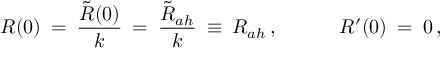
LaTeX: R ( 0 ) \: = \: \frac { \tilde { R } ( 0 ) } { k } \: = \: \frac { \tilde { R } _ { a h } } { k } \: \equiv \: R _ { a h } \, , \; \; \; \; \; \; \; \; \; \; \; R ^ { \prime } ( 0 ) \: = \: 0 \, ,